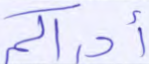
أدراكم